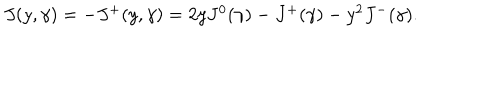
LaTeX: \begin{array} { l c r } { { J ( y , \gamma ) = - J ^ { + } ( y , \gamma ) = 2 y J ^ { 0 } ( \gamma ) - J ^ { + } ( \gamma ) - y ^ { 2 } J ^ { - } ( \gamma ) . } } \\ \end{array}